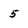
Character: 5